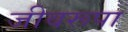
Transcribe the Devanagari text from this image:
जीवरूपा